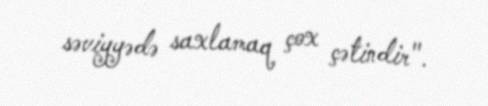
səviyyədə saxlamaq çox çətindir".